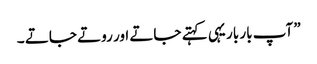
” آپ بار بار یہی کہتے جاتے اور روتے جاتے ۔